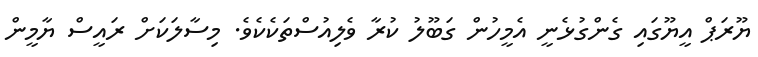
ޔޫރަޕް އީޔޫގައި ގެންގުޅެނީ އެމީހުން ގަބޫލު ކުރާ ވެލިއުސްތަކެކެވެ. މިސާލަކަށް ރައީސް ޔާމީން